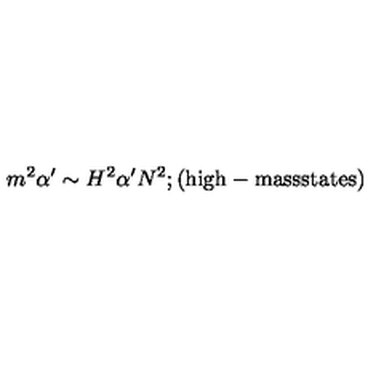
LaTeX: m ^ { 2 } \alpha ^ { \prime } \sim H ^ { 2 } \alpha ^ { \prime } N ^ { 2 } ; \mathrm { ( h i g h - m a s s s t a t e s ) }